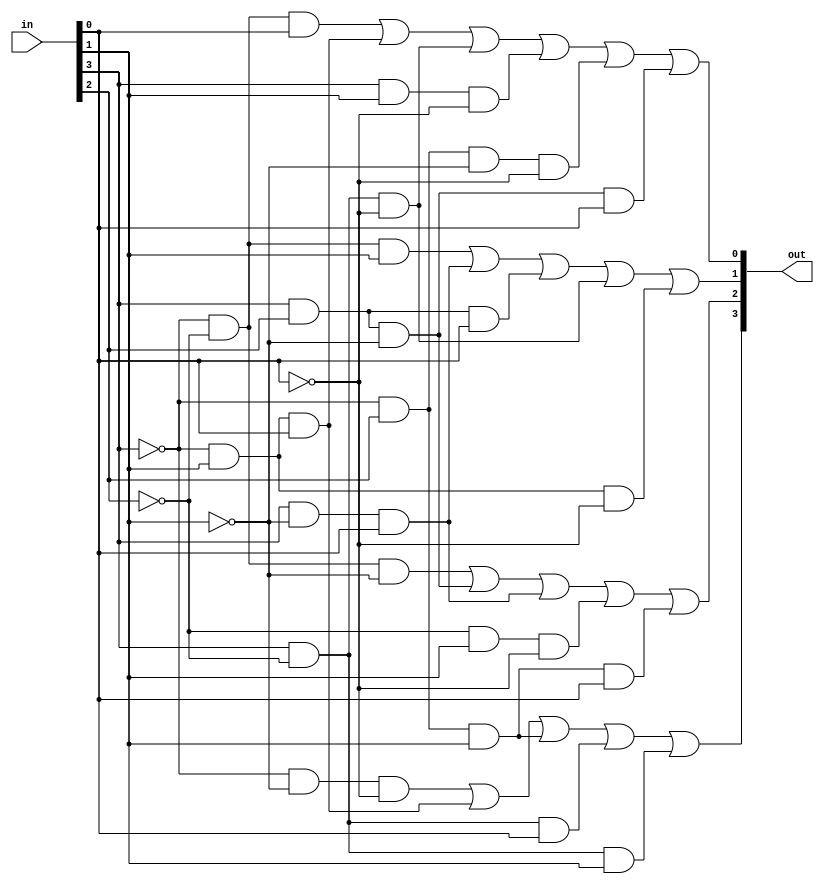
module Present_S_Box (in,out);
    input [3:0] in;
    output wire [3:0] out;

    assign out[3] = ~in[3]&~in[1]&~in[0] | ~in[3]&in[1]&in[0] | ~in[3]&in[2]&in[1]  | in[3]&~in[2]&in[0]  | in[3]&~in[2]&in[1] ;
    assign out[2] = ~in[3]&~in[2]&~in[1] | in[3]&in[2]&~in[1] | in[3]&~in[1]&in[0]  | ~in[2]&in[1]&~in[0] | ~in[3]&in[2]&in[1]&in[0] ;
    assign out[1] = ~in[3]&~in[2]&in[1]  | in[3]&~in[1]&in[0] | in[3]&in[2]&in[0]   | in[3]&~in[2]&~in[0] |  ~in[3]&in[1]&~in[0];
    assign out[0] = ~in[3]&~in[2]&in[0]  | ~in[3]&in[1]&in[0] | in[3]&~in[2]&~in[0] | in[3]&in[1]&~in[0]  | ~in[3]&in[2]&~in[1]&~in[0] | in[3]&in[2]&~in[1]&in[0];
    
endmodule